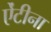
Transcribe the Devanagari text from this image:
ऐंटीना